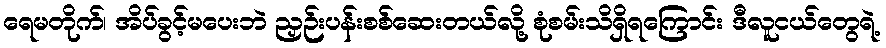
ရေမတိုက်၊ အိပ်ခွင့်မပေးဘဲ ညှဉ်းပန်းစစ်ဆေးတယ်လို့ စုံစမ်းသိရှိရကြောင်း ဒီလူငယ်တွေရဲ့